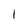
Character: 1